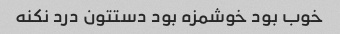
خوب بود خوشمزه بود دستتون درد نکنه